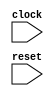
module TestMem( // @[:@3.2]
  input   clock, // @[:@4.4]
  input   reset // @[:@5.4]
);
endmodule